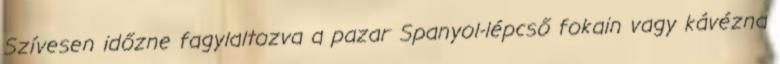
Szívesen időzne fagylaltozva a pazar Spanyol-lépcső fokain vagy kávézna